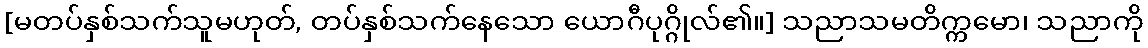
[မတပ်နှစ်သက်သူမဟုတ်, တပ်နှစ်သက်နေသော ယောဂီပုဂ္ဂိုလ်၏။] သညာသမတိက္ကမော၊ သညာကို